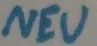
Text: NEU